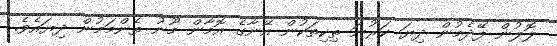
ލޮލުން ފޭދެމުން ދިޔަ ކަރުނަ ތިކިތަކުން އޭނާގެ އޮމާން މޫނު ތެންމަމުން ދިޔައެވެ.